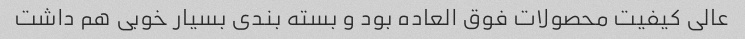
عالی کیفیت محصولات فوق العاده بود و بسته بندی بسیار خوبی هم داشت